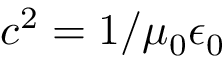
c ^ { 2 } = 1 / \mu _ { 0 } \epsilon _ { 0 }